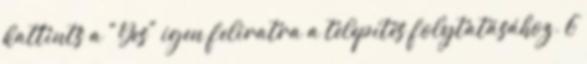
kattints a "Yes" igen feliratra a telepítés folytatásához. 6